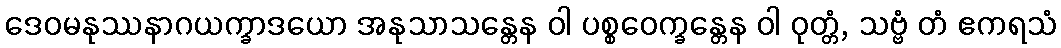
ဒေဝမနုဿနာဂယက္ခာဒယော အနုသာသန္တေန ဝါ ပစ္စဝေက္ခန္တေန ဝါ ဝုတ္တံ, သဗ္ဗံ တံ ဧကရသံ